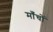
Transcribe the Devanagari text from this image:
माँचों